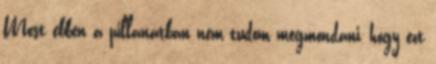
Most ebben a pillanatban nem tudom megmondani, hogy ezt